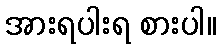
အားရပါးရ စားပါ။